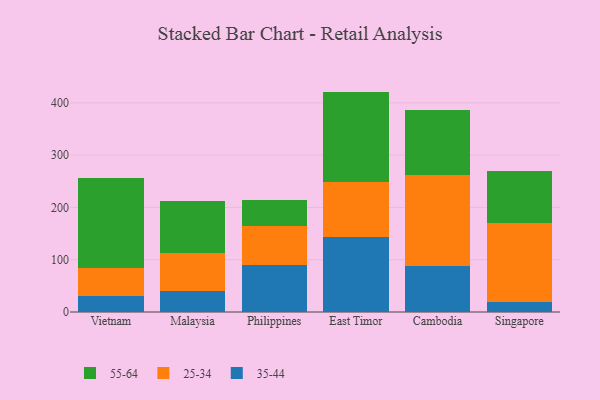
{"axis": {"x": "Country", "y": "Temperature (°C)"}, "legend": ["25-34", "35-44", "55-64"], "data": [{"x": "Vietnam", "y": 29.9, "type": "35-44"}, {"x": "Vietnam", "y": 53.4, "type": "25-34"}, {"x": "Vietnam", "y": 172.9, "type": "55-64"}, {"x": "Malaysia", "y": 41.0, "type": "35-44"}, {"x": "Malaysia", "y": 72.7, "type": "25-34"}, {"x": "Malaysia", "y": 99.2, "type": "55-64"}, {"x": "Philippines", "y": 89.5, "type": "35-44"}, {"x": "Philippines", "y": 75.7, "type": "25-34"}, {"x": "Philippines", "y": 48.5, "type": "55-64"}, {"x": "East Timor", "y": 143.6, "type": "35-44"}, {"x": "East Timor", "y": 105.9, "type": "25-34"}, {"x": "East Timor", "y": 172.0, "type": "55-64"}, {"x": "Cambodia", "y": 88.7, "type": "35-44"}, {"x": "Cambodia", "y": 173.2, "type": "25-34"}, {"x": "Cambodia", "y": 124.9, "type": "55-64"}, {"x": "Singapore", "y": 18.9, "type": "35-44"}, {"x": "Singapore", "y": 151.9, "type": "25-34"}, {"x": "Singapore", "y": 99.3, "type": "55-64"}]}